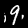
Label: 9